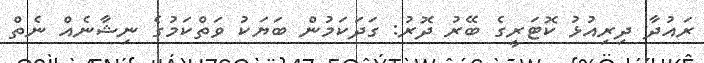
ރައުދާ ދިރިއުޅު ކޮޓަރީގެ ބޭރު ދޮރު: ގަދަކަމުން ބަޔަކު ވަތްކަމުގެ ނިޝާނެއް ނެތް